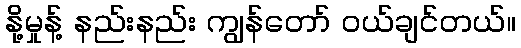
နို့မှုန့် နည်းနည်း ကျွန်တော် ဝယ်ချင်တယ်။